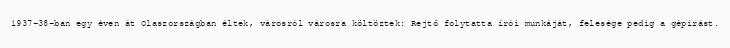
1937-38-ban egy éven át Olaszországban éltek, városról városra költöztek: Rejtő folytatta írói munkáját, felesége pedig a gépírást.